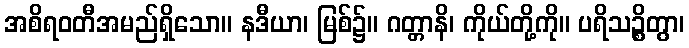
အစိရဝတီအမည်ရှိသော။ နဒီယာ၊ မြစ်၌။ ဂတ္တာနိ၊ ကိုယ်တို့ကို။ ပရိသဉ္စိတွာ၊